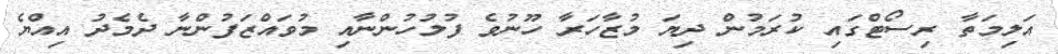
އަލިމަތާ ރިސޯޓްގައި ކުރަމުން ދިޔަ މުޒާހަރާ ހޫނުވެ ފުލުހުންނާއި މުވައްޒަފުންނާ ދެމެދު އިއްޔެ